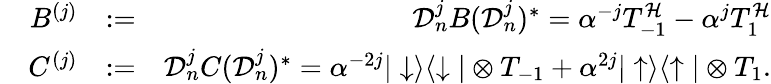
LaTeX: \begin{array}{rlr}{B^{(j)}}&{:=}&{\mathcal{D}_{n}^{j}B(\mathcal{D}_{n}^{j})^{*}=\alpha^{-j}T_{-1}^{\mathcal{H}}-\alpha^{j}T_{1}^{\mathcal{H}}}\\ {\quad C^{(j)}}&{:=}&{\mathcal{D}_{n}^{j}C(\mathcal{D}_{n}^{j})^{*}=\alpha^{-2j}|\downarrow\rangle\langle\downarrow|\otimes T_{-1}+\alpha^{2j}|\uparrow\rangle\langle\uparrow|\otimes T_{1}.}\end{array}